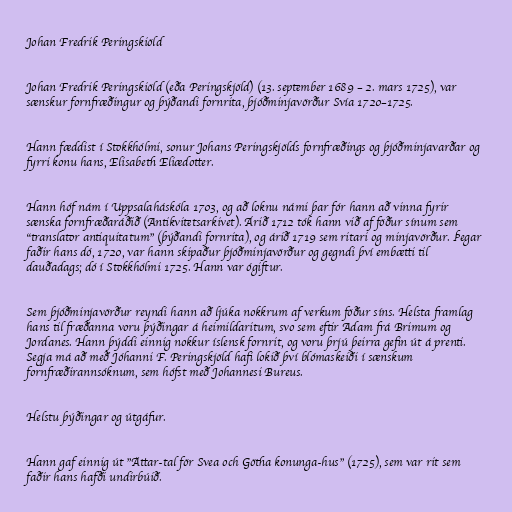
Johan Fredrik Peringskiöld

Johan Fredrik Peringskiöld (eða Peringskjöld) (13. september 1689 – 2. mars 1725), var
sænskur fornfræðingur og þýðandi fornrita, þjóðminjavörður Svía 1720–1725.

Hann fæddist í Stokkhólmi, sonur Johans Peringskjölds fornfræðings og þjóðminjavarðar og
fyrri konu hans, Elisabeth Eliædotter.

Hann hóf nám í Uppsalaháskóla 1703, og að loknu námi þar fór hann að vinna fyrir
sænska fornfræðaráðið (Antikvitetsarkivet). Árið 1712 tók hann við af föður sínum sem
"translator antiquitatum" (þýðandi fornrita), og árið 1719 sem ritari og minjavörður. Þegar
faðir hans dó, 1720, var hann skipaður þjóðminjavörður og gegndi því embætti til
dauðadags; dó í Stokkhólmi 1725. Hann var ógiftur.

Sem þjóðminjavörður reyndi hann að ljúka nokkrum af verkum föður síns. Helsta framlag
hans til fræðanna voru þýðingar á heimildaritum, svo sem eftir Adam frá Brimum og
Jordanes. Hann þýddi einnig nokkur íslensk fornrit, og voru þrjú þeirra gefin út á prenti.
Segja má að með Jóhanni F. Peringskjöld hafi lokið því blómaskeiði í sænskum
fornfræðirannsóknum, sem hófst með Johannesi Bureus.

Helstu þýðingar og útgáfur.

Hann gaf einnig út "Ättar-tal för Svea och Götha konunga-hus" (1725), sem var rit sem
faðir hans hafði undirbúið.